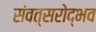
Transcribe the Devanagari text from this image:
संवत्सरोद्भव